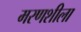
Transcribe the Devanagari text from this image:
मरणशीला